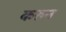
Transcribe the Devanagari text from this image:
करुन